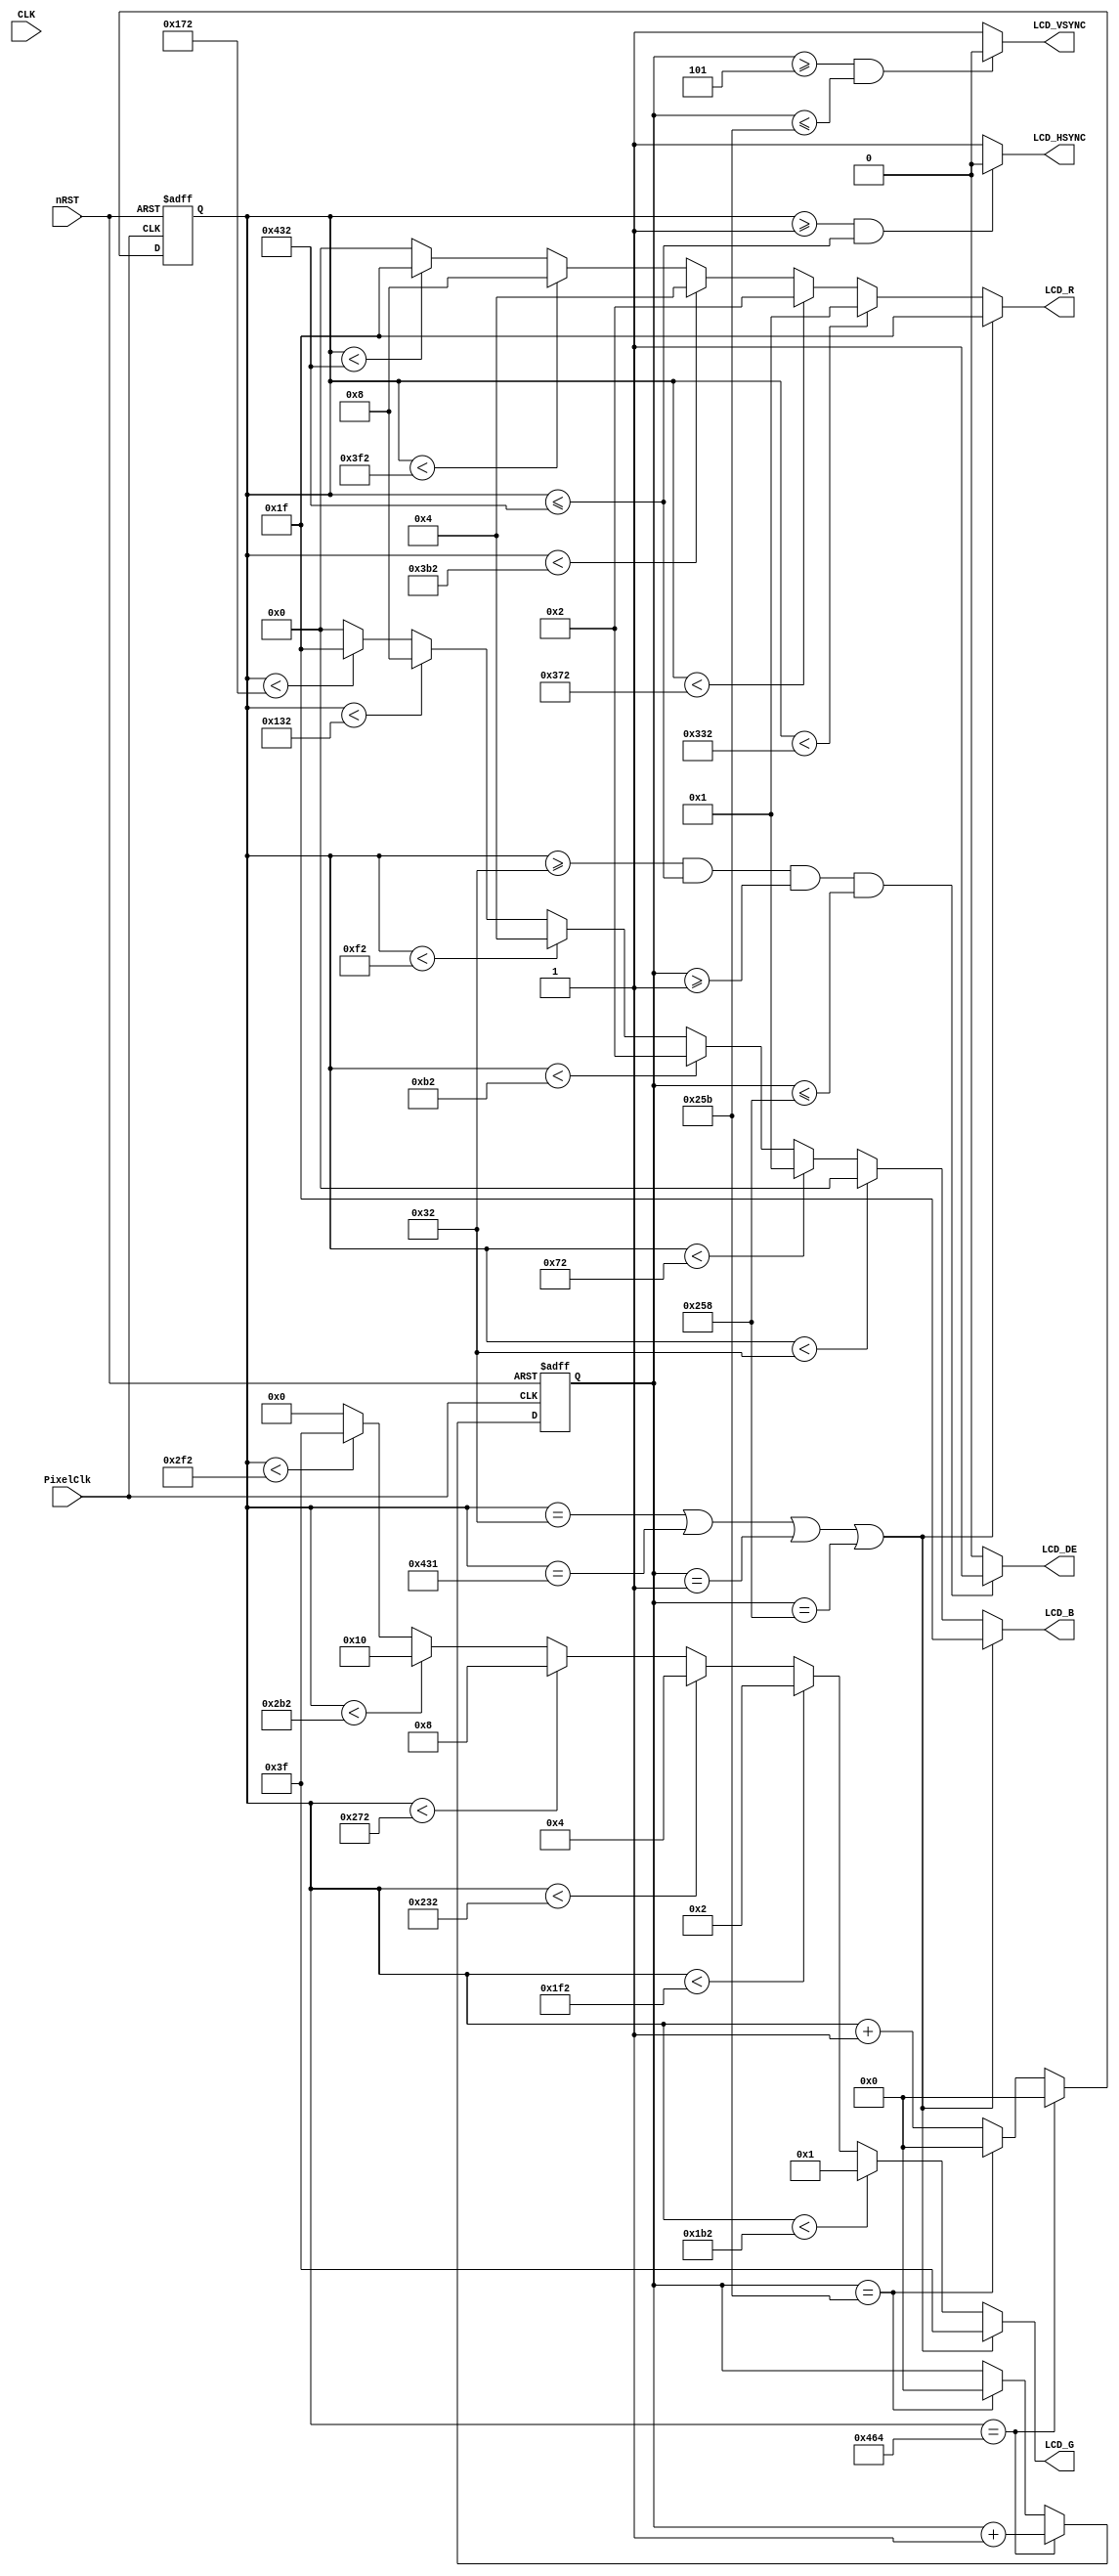
module VGAMod
(
    input                   CLK,
    input                   nRST,

    input                   PixelClk,

    output                  LCD_DE,
    output                  LCD_HSYNC,
    output                  LCD_VSYNC,

	output          [4:0]   LCD_B,
	output          [5:0]   LCD_G,
	output          [4:0]   LCD_R
);



localparam      V_BackPorch = 16'd1; 
localparam      V_Pluse 	= 16'd5; 
localparam      HightPixel  = 16'd600;
localparam      V_FrontPorch= 16'd2; 

localparam      H_BackPorch = 16'd50; 	
localparam      H_Pluse 	= 16'd1; 
localparam      WidthPixel  = 16'd1024;
localparam      H_FrontPorch= 16'd50;

localparam changeColorFrames = 16'd50;

localparam      PixelForHS  =   WidthPixel + H_BackPorch + H_FrontPorch;  	
localparam      LineForVS   =   HightPixel + V_BackPorch + V_FrontPorch;

reg [15:0] LineCount;
reg [15:0] PixelCount;

reg [4:10] colors;

    always @(  posedge PixelClk or negedge nRST  )begin
        if( !nRST ) begin
            LineCount       <=  16'b0;    
            PixelCount      <=  16'b0;
            end
        else if(  PixelCount  ==  PixelForHS ) begin
            PixelCount      <=  16'b0;
            LineCount       <=  LineCount + 1'b1;
            end
        else if(  LineCount  == LineForVS  ) begin
            LineCount       <=  16'b0;
            PixelCount      <=  16'b0;
            end
        else
            PixelCount      <=  PixelCount + 1'b1;
    end



//Here note the negative polarity of HSYNC and VSYNC
assign  LCD_HSYNC = (( PixelCount >= H_Pluse)&&( PixelCount <= (PixelForHS-H_FrontPorch))) ? 1'b0 : 1'b1;
assign  LCD_VSYNC = ((( LineCount  >= V_Pluse )&&( LineCount  <= (LineForVS-0) )) ) ? 1'b0 : 1'b1;


assign  LCD_DE = (  ( PixelCount >= H_BackPorch )&&
                    ( PixelCount <= PixelForHS-H_FrontPorch ) &&
                    ( LineCount >= V_BackPorch ) &&
                    ( LineCount <= LineForVS-V_FrontPorch-1 ))  ? 1'b1 : 1'b0;
                    //It will shake if there not minus one

assign IS_BORDER = PixelCount == H_BackPorch  ||  PixelCount == H_BackPorch+ WidthPixel - 1
                || LineCount ==   V_BackPorch || LineCount == HightPixel + V_BackPorch   - 1 ;

    localparam          Colorbar_width   =   WidthPixel / 16;

    assign  LCD_B     =  IS_BORDER ? 5'b11111 :
                        ( PixelCount < ( H_BackPorch +  Colorbar_width * 0  )) ? 5'b00000 :
                        ( PixelCount < ( H_BackPorch +  Colorbar_width * 1  )) ? 5'b00001 : 
                        ( PixelCount < ( H_BackPorch +  Colorbar_width * 2  )) ? 5'b00010 :    
                        ( PixelCount < ( H_BackPorch +  Colorbar_width * 3  )) ? 5'b00100 :    
                        ( PixelCount < ( H_BackPorch +  Colorbar_width * 4  )) ? 5'b01000 :    
                        ( PixelCount < ( H_BackPorch +  Colorbar_width * 5  )) ? 5'b11111 :
                        5'b0;

    assign  LCD_G    =  IS_BORDER ? 6'b111111 :
                        ( PixelCount < ( H_BackPorch +  Colorbar_width * 6  )) ? 6'b000001: 
                        ( PixelCount < ( H_BackPorch +  Colorbar_width * 7  )) ? 6'b000010:    
                        ( PixelCount < ( H_BackPorch +  Colorbar_width * 8  )) ? 6'b000100:    
                        ( PixelCount < ( H_BackPorch +  Colorbar_width * 9  )) ? 6'b001000:    
                        ( PixelCount < ( H_BackPorch +  Colorbar_width * 10 )) ? 6'b010000:    
                        ( PixelCount < ( H_BackPorch +  Colorbar_width * 11 )) ? 6'b111111:  6'b000000;

    assign  LCD_R    =  IS_BORDER ? 5'b11111 :
                        ( PixelCount < ( H_BackPorch +  Colorbar_width * 12 )) ? 5'b00001 : 
                        ( PixelCount < ( H_BackPorch +  Colorbar_width * 13 )) ? 5'b00010 :    
                        ( PixelCount < ( H_BackPorch +  Colorbar_width * 14 )) ? 5'b00100 :    
                        ( PixelCount < ( H_BackPorch +  Colorbar_width * 15 )) ? 5'b01000 :    
                        ( PixelCount < ( H_BackPorch +  Colorbar_width * 16 )) ? 5'b11111 :  5'b00000;



endmodule